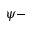
\psi -